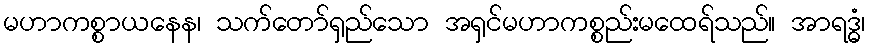
မဟာကစ္စာယနေန၊ သက်တော်ရှည်သော အရှင်မဟာကစ္စည်းမထေရ်သည်။ အာရဒ္ဓံ၊